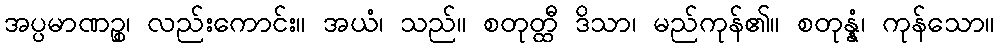
အပ္ပမာဏဉ္စ၊ လည်းကောင်း။ အယံ၊ သည်။ စတုတ္ထီ ဒိသာ၊ မည်ကုန်၏။ စတုန္နံ၊ ကုန်သော။